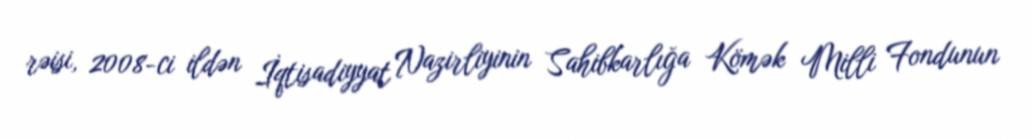
rəisi, 2008-ci ildən İqtisadiyyat Nazirliyinin Sahibkarlığa Kömək Milli Fondunun